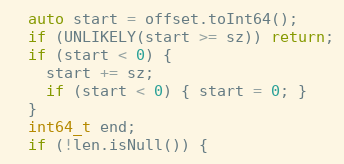
Language: C++
  auto start = offset.toInt64();
  if (UNLIKELY(start >= sz)) return;
  if (start < 0) {
    start += sz;
    if (start < 0) { start = 0; }
  }
  int64_t end;
  if (!len.isNull()) {